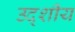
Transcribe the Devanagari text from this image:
उद्शीय